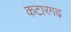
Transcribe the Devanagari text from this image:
कटारगढ़